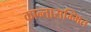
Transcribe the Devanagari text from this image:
कान्तासम्मित